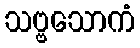
သဗ္ဗသောကံ